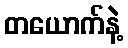
တယောက်နဲ့